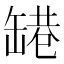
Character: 𬙑